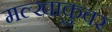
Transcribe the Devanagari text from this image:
मल्खाकुवर